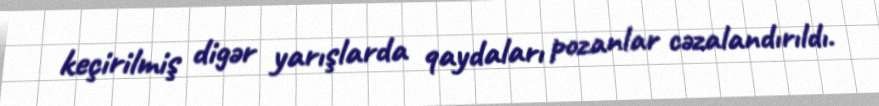
keçirilmiş digər yarışlarda qaydaları pozanlar cəzalandırıldı.